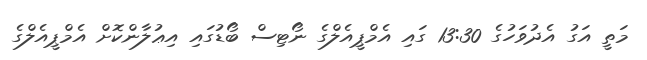
މަތީ އަގު އެދުވަހުގެ 13:30 ގައި އެމްޕީއެލްގެ ނޯޓިސް ބޯޑުގައި އިޢުލާންކޮށް އެމްޕީއެލްގެ